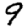
Digit: 9